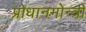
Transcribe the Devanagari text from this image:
प्रोधानमोन्त्री